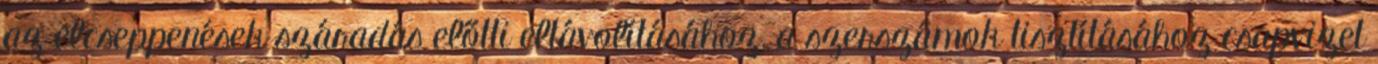
az elcseppenések száradás előtti eltávolításához, a szerszámok tisztításához csapvizet